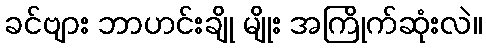
ခင်ဗျား ဘာဟင်းချို မျိုး အကြိုက်ဆုံးလဲ။